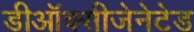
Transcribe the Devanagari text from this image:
डीऑक्सीजेनेटेड